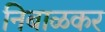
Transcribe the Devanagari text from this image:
निबाळकर